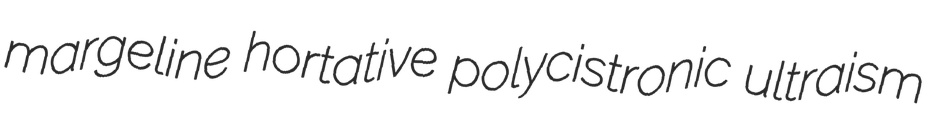
margeline hortative polycistronic ultraism